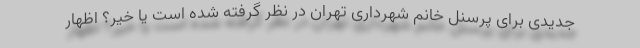
جدیدی برای پرسنل خانم شهرداری تهران در نظر گرفته شده است یا خیر؟ اظهار